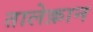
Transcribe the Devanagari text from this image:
तालेक़ान